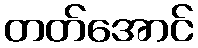
တတ်အောင်